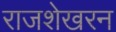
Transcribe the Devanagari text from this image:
राजशेखरन